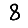
Digit: 8